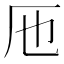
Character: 𠨱